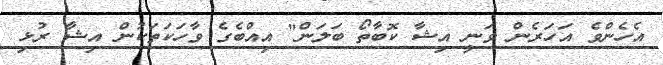
އެހެންވެ އަހަރެން ވަނީ އިޝާ ކޮބާތޯ ބަލަން" އިއްބެގެ ވާހަކަތަކުން އިޝާ ރުޅި